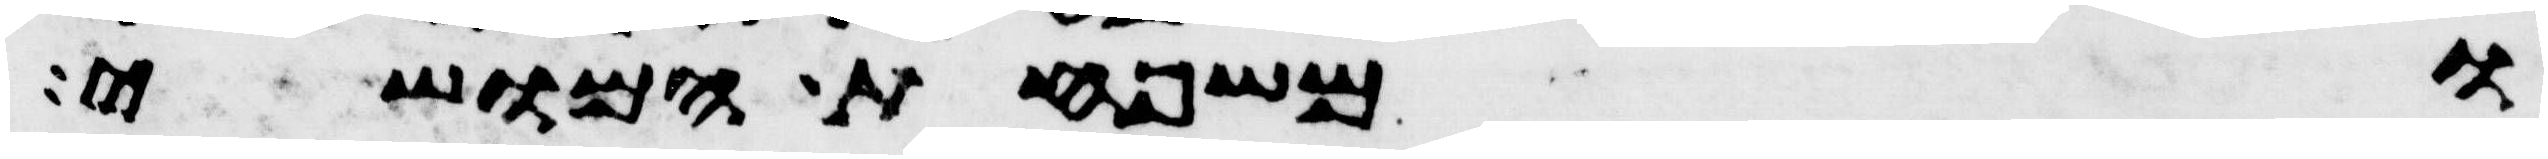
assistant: ומשפחת המושי